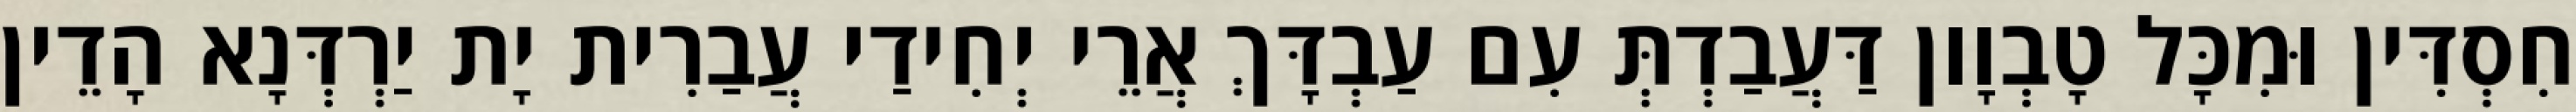
חִסְדִּין וּמִכָּל טָבְוָון דַּעֲבַדְתְּ עִם עַבְדָּךְ אֲרֵי יְחִידַי עֲבַרִית יָת יַרְדְּנָא הָדֵין